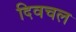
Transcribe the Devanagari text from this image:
दिवचल